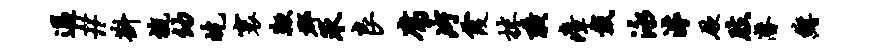
过#斟旒幼屹寰鞭郡承良腐片霞抹璜瘴戴泳滹厥肢潜缠